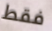
فقط